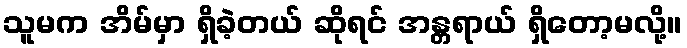
သူမက အိမ်မှာ ရှိခဲ့တယ် ဆိုရင် အန္တရာယ် ရှိတော့မလို့။